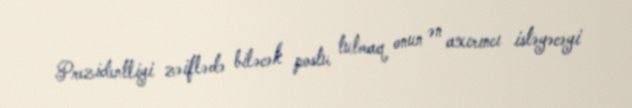
Prezidentliyi zəiflədə biləcək postu tutmaq onun ən axırıncı istəyəcəyi